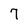
Character: 7